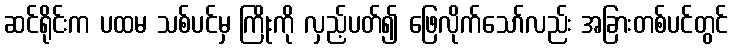
ဆင်ရိုင်းက ပထမ သစ်ပင်မှ ကြိုးကို လှည့်ပတ်၍ ဖြေလိုက်သော်လည်း အခြားတစ်ပင်တွင်